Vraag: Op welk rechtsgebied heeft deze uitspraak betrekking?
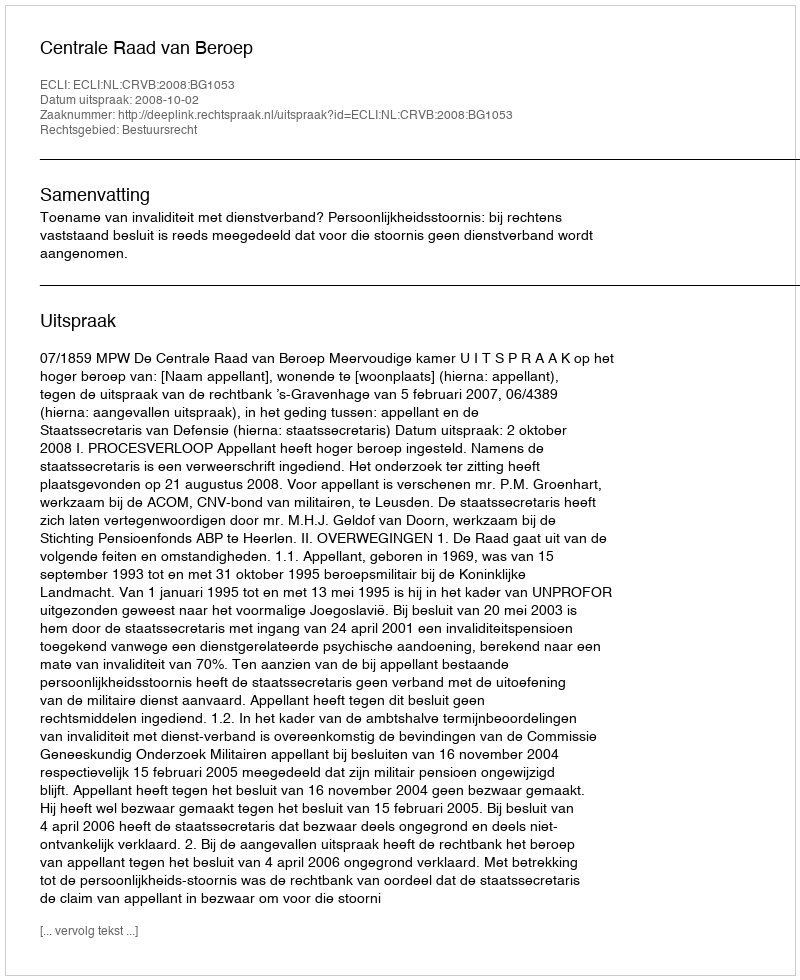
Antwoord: Bestuursrecht